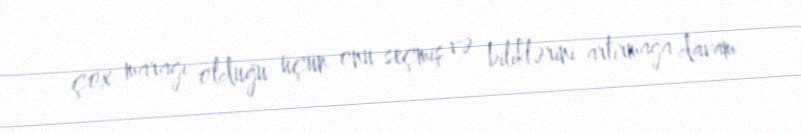
çox marağı olduğu üçün onu seçmiş və biliklərini artırmağa davam